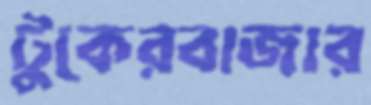
টুকেরবাজার